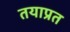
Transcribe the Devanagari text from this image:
तयाप्रत